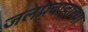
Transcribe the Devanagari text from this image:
जलप्रवाहाच्या